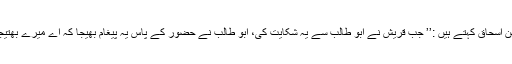
تو ابن اسحاق کہتے ہیں :’’ جب قریش نے ابو طالب سے یہ شکایت کی، ابو طالب نے حضور کے پاس یہ پیغام بھیجا کہ اے میرے بھتیجے!